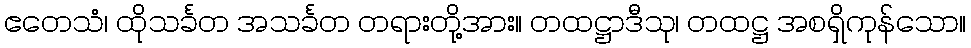
ဧတေသံ၊ ထိုသင်္ခတ အသင်္ခတ တရားတို့အား။ တထဋ္ဌာဒီသု၊ တထဋ္ဌ အစရှိကုန်သော။